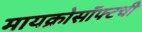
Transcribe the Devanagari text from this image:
मायक्रोसॉफ्टची